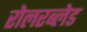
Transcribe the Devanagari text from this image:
रोलरब्लेड